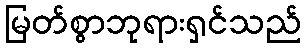
မြတ်စွာဘုရားရှင်သည်